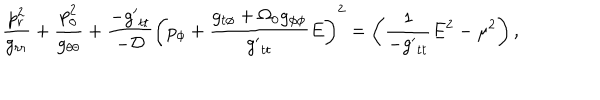
LaTeX: \frac { p _ { r } ^ { 2 } } { g _ { r r } } + \frac { p _ { \theta } ^ { 2 } } { g _ { \theta \theta } } + \frac { - { g ^ { \prime } } _ { t t } } { - \cal D } \left( p _ { \phi } + \frac { g _ { t \phi } + \Omega _ { 0 } g _ { \phi \phi } } { { g ^ { \prime } } _ { t t } } E \right) ^ { 2 } = \left( \frac { 1 } { - { g ^ { \prime } } _ { t t } } E ^ { 2 } - \mu ^ { 2 } \right) ,